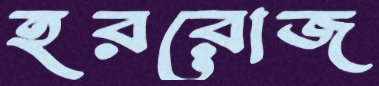
হররোজ